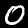
Label: 0